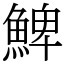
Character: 䱝